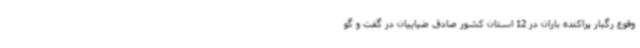
وقوع رگبار پراکنده باران در 12 استان کشور صادق ضیاییان در گفت و گو